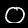
Label: 0